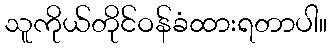
သူကိုယ်တိုင်ဝန်ခံထားရတာပါ။